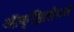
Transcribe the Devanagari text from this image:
ऑक्झिलेटने